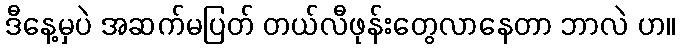
ဒီနေ့မှပဲ အဆက်မပြတ် တယ်လီဖုန်းတွေလာနေတာ ဘာလဲ ဟ။